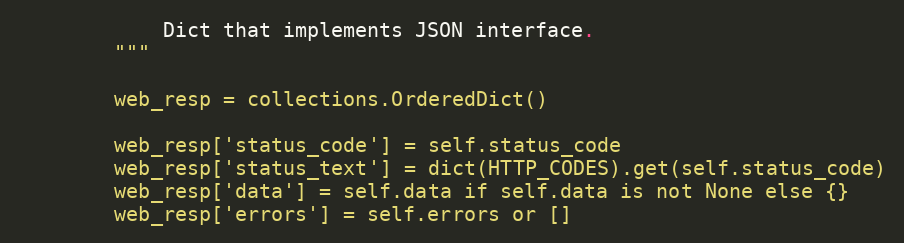
Language: Python
            Dict that implements JSON interface.
        """

        web_resp = collections.OrderedDict()

        web_resp['status_code'] = self.status_code
        web_resp['status_text'] = dict(HTTP_CODES).get(self.status_code)
        web_resp['data'] = self.data if self.data is not None else {}
        web_resp['errors'] = self.errors or []